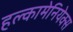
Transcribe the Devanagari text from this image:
हल्कामेनियेक्स